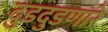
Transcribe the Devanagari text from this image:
दुडदुडणारे